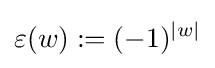
\varepsilon (w):=(-1)^{|w|}